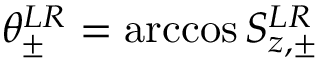
\theta _ { \pm } ^ { L R } = \operatorname { a r c c o s } S _ { z , \pm } ^ { L R }